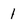
Character: 1